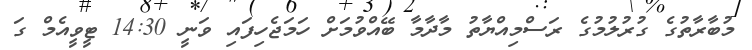
މުބާރާތުގެ ގުރުލުމުގެ ރަސްމިއްޔާތު މާދާމާ ބޭއްވުމަށް ހަމަޖެހިފައި ވަނީ 14:30 ޓީވީއެމް ގަ